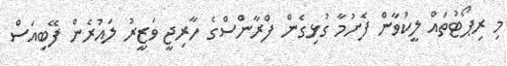
މި ރިޕޯޓުތައް ލީކުވާން ފެށުމާ ގުޅިގެން ފްރާންސްގެ ހާރިޖީ ވަޒީރު ލައުރެން ފޭބިއަސް